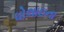
ધોલાઇના